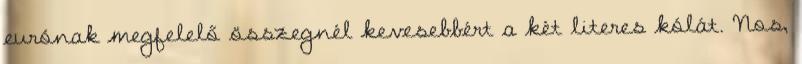
eurónak megfelelő összegnél kevesebbért a két literes kólát. Nos,